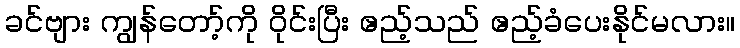
ခင်ဗျား ကျွန်တော့်ကို ဝိုင်းပြီး ဧည့်သည် ဧည့်ခံပေးနိုင်မလား။